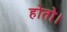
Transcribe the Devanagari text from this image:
होतो।